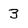
Character: 3